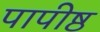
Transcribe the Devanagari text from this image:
पापीष्ठ